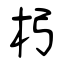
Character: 杛